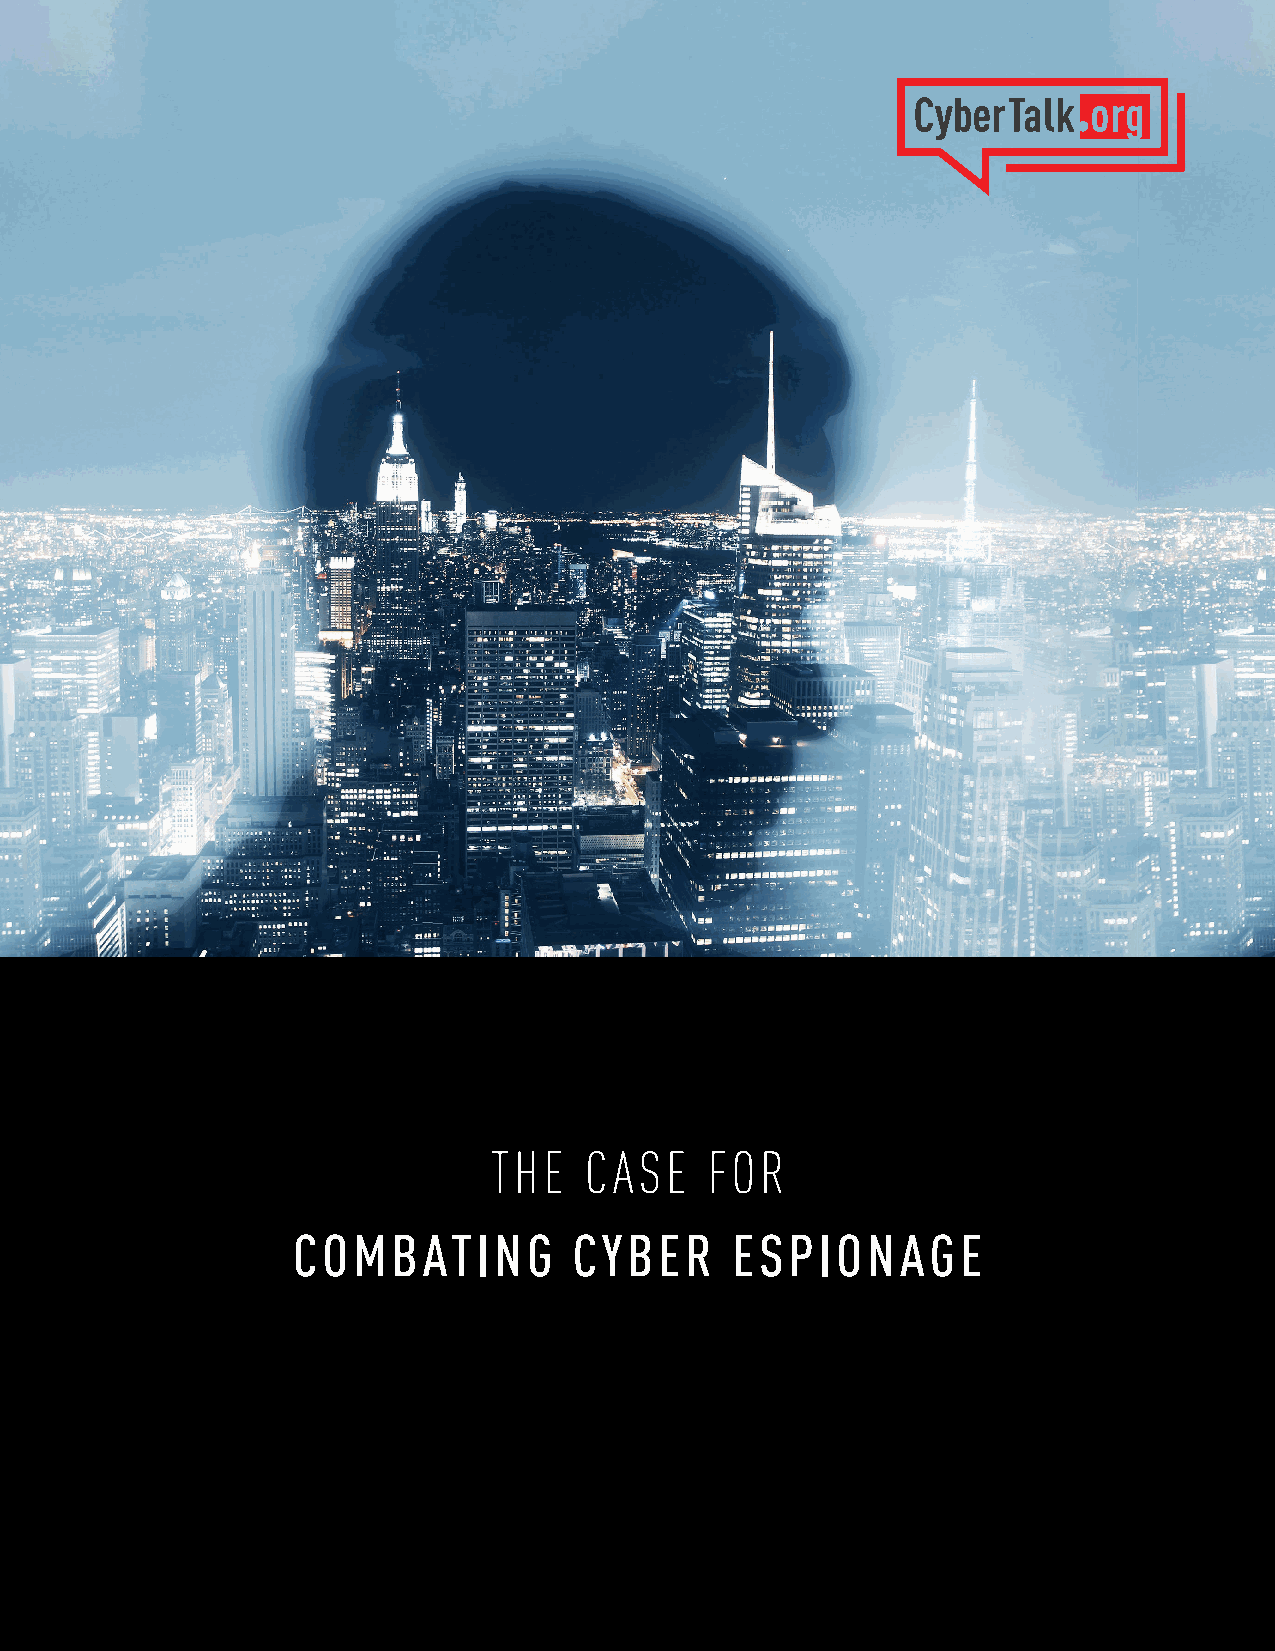
THE    CASE    FOR
 COMBATING          CYBER     ESPIONAGE